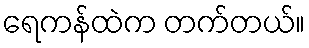
ရေကန်ထဲက တက်တယ်။